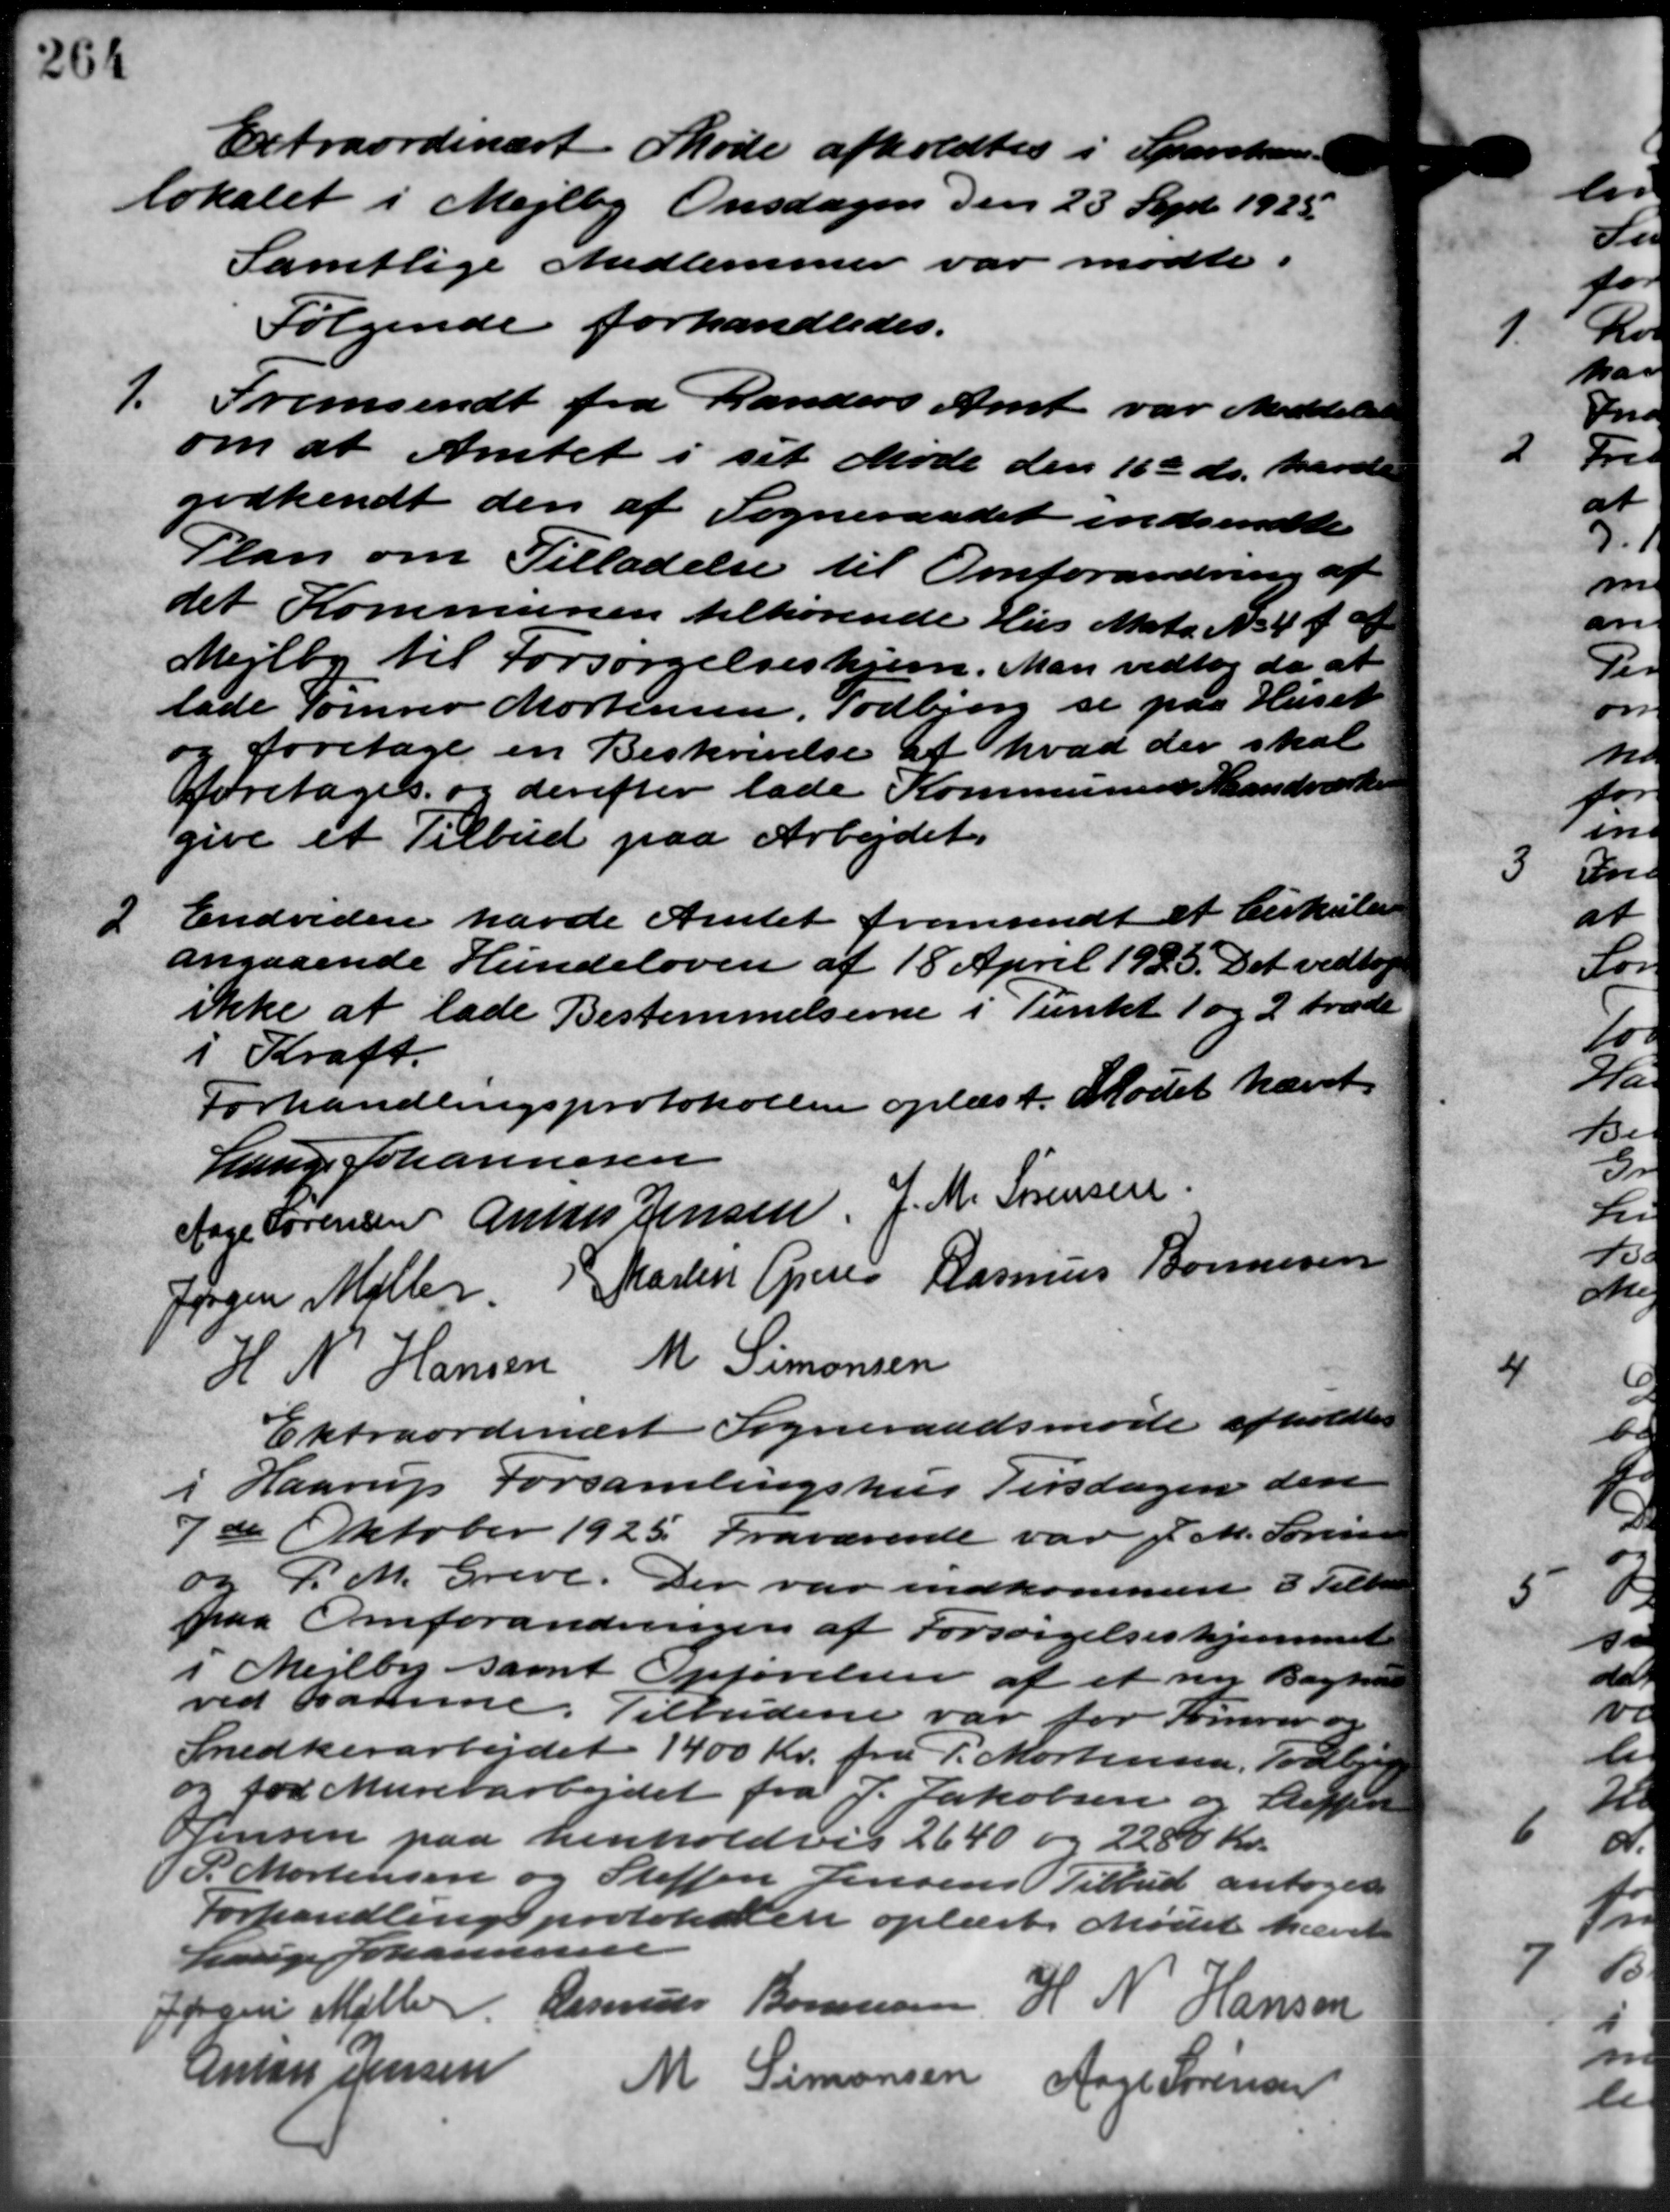
Transskription:
Extraordinært Møde afholdtes i Sparek
lokalet i Mejlby Onsdagen den 23 Sept. 1925
Samtlige Medlemmer var mødte i
Følgende forhandledes.
1. Fremsendt fra Randers Amt var meddelelse
1. Fremsendt fra Randers Amt var meddelelse
om at Amtet i sit Møde den 16de ds. havde
godkendt den af Sogneraadet indsendte
Plan om Tilladelse til Omforandring af
det Kommunen tilhørende Hus Matr. No 4 f. af
Mejlby til Forsørgelseshjem. Man vedtog da at
lade Tømrer Mortensen, Todbjerg se paa Huset
og foretage en Beskrivelse af hvad der skal
foretages og derefter lade Kommunens Maandværke
give et Tilbud paa Arbejdet
2 Endvidere havde Amtet fremsendt et Cirkulære
2 Endvidere havde Amtet fremsendt et Cirkulære
angaaende Hundeloven af 18 April 1923. Det vedtog
ikke at lade Bestemmelserne i Punkt 1 og 2 træde
i Kraft.
Forhandlingsprotokollen oplæst. Mødet hævet.
Lauge Johannesen
Aage Sørensen Anton Jensen, J. M. Sørensen
Jørgen Møller P. Martin Greve Rasmus Bonnesen
H. N. Hansen M. Simonsen
Extraordinært Sogneraadsmøde afholdtes
i Haarup Forsamlingshus Tirsdagen den
7de Oktober 1925. Fraværende var J. M. Sørensen
og P. M. Greve. Der var indkommen 3 Tilbu
paa Omforandringen af Forsørgelseshjemmet
i Mejlby samt Opførelsen af et ny Bagha
ved samme. Tilbudene var for Tømrer og
Snedkerarbejdet 1400 Kr. fra P. Mortensen, Todbjerg
og for Murerarbejdet fra J. Jakobsen og Reffent
Jensen paa henhold vis 2640 og 2280 Kr.
S. Mortensen og Steffen Jensens Tilbud antoges
Forhandlingsprotokollen oplæst. Mødet hævet
Lauge Johannesen
Jørgen Møller Rasmus Bonnesen H N Hansen
Anton Jensen
M Simonsen Aage Sørensen